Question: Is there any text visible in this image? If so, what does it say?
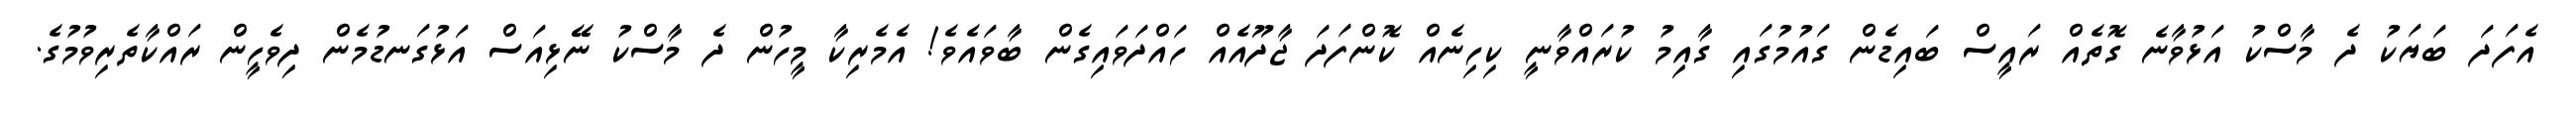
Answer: އެފަދަ ބަޔަކު ދެ މާސްކު އަޅުވާނެ ގޮތެއް ރައީސް ބައިޑެން ގައުމުގައި ގާއިމު ކުރައްވާނީ ކިހިނެއް ކޮންފަދަ ޖާދޫއެއް ހައްދަވައިގެން ބާވައެވެ! އެމެރިކާ މީހުން ދެ މާސްކު ނޭޅިއަސް އަޅުގަނޑުމެން ދިވެހީން ރައްކާތެރިވުމުގެ.